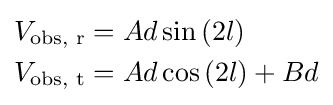
{\begin{aligned}&V_{\text{obs, r}}=Ad\sin \left(2l\right)\\&V_{\text{obs, t}}=Ad\cos \left(2l\right)+Bd\\\end{aligned}}